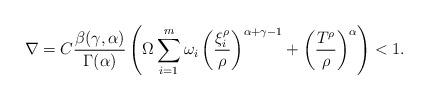
LaTeX: \begin{align*}\nabla=C\frac{\beta(\gamma,\alpha)}{\Gamma(\alpha)}\left(\Omega \sum_{i=1}^{m}\omega_{i} \left(\frac{\xi_{i}^{\rho}}{\rho}\right)^{\alpha+\gamma-1}+\left(\frac{T^{\rho}}{\rho}\right)^{\alpha}\right)<1.\end{align*}